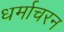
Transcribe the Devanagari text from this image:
धर्माचरन